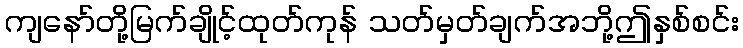
ကျနော်တို့မြက်ချိုင့်ထုတ်ကုန် သတ်မှတ်ချက်အဘို့ဤနှစ်စင်း